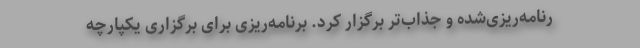
رنامه‌ریزی‌شده و جذاب‌تر برگزار کرد. برنامه‌ریزی برای برگزاری یکپارچه